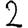
Digit: 2